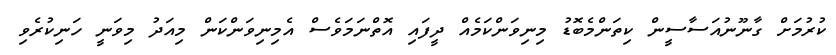
ކުރުމަށް ގާނޫނުއަސާސީން ކިތަންމެބޮޑު މިނިވަންކަމެއް ދީފައި އޮތްނަމަވެސް އެމިނިވަންކަން މިއަދު މިވަނީ ހަނިކުރެވި